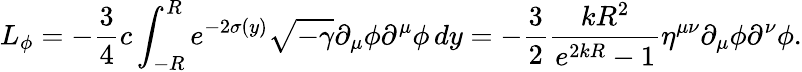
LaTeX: L_{\phi}=-\frac{3}{4}c\int_{-R}^{R}e^{-2\sigma(y)}\sqrt{-\gamma}\partial_{\mu}\phi\partial^{\mu}\phi\, dy=-\frac{3}{2}\frac{kR^{2}}{e^{2kR}-1}\eta^{\mu\nu}\partial_{\mu}\phi\partial^{\nu}\phi.